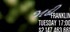
જાદી